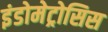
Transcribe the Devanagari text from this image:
इंडोमेट्रोसिस